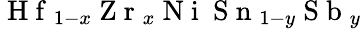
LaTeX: \mathrm{~H~f~}_{1-x}\mathrm{~Z~r~}_{x}\mathrm{~N~i~}\mathrm{~S~n~}_{1-y}\mathrm{~S~b~}_{y}